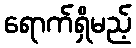
ရောက်ရှိမည့်